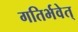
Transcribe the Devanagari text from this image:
गतिर्भवेत्